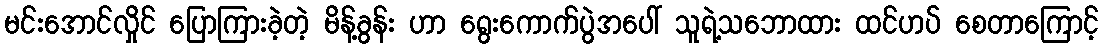
မင်းအောင်လှိုင် ပြောကြားခဲ့တဲ့ မိန့်ခွန်း ဟာ ရွေးကောက်ပွဲအပေါ် သူရဲ့သဘောထား ထင်ဟပ် စေတာကြောင့်